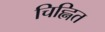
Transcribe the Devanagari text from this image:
चिह्नित